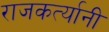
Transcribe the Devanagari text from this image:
राजकर्त्यानी